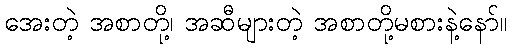
အေးတဲ့ အစာတို့၊ အဆီများတဲ့ အစာတို့မစားနဲ့နော်။